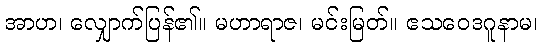
အာဟ၊ လျှောက်ပြန်၏။ မဟာရာဇ၊ မင်းမြတ်။ ဧသဝေဒဂူနာမ၊